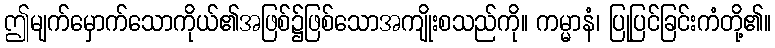
ဤမျက်မှောက်သောကိုယ်၏အဖြစ်၌ဖြစ်သောအကျိုးစသည်ကို။ ကမ္မာနံ၊ ပြုပြင်ခြင်းကံတို့၏။